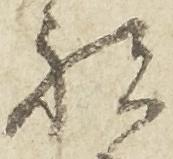
祝